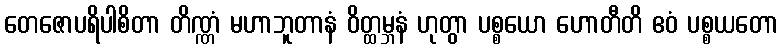
တေဇောပရိပါစိတာ တိဏ္ဏံ မဟာဘူတာနံ ဝိတ္ထမ္ဘနံ ဟုတွာ ပစ္စယော ဟောတီတိ ဧဝံ ပစ္စယတော